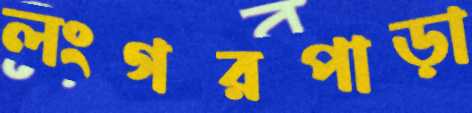
লংগরপাড়া